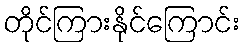
တိုင်ကြားနိုင်ကြောင်း